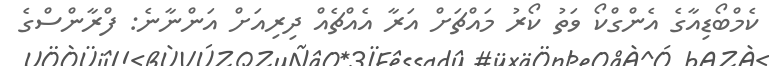
ކެމްބޯޑިއާގެ އެންގްކޯ ވަތު ކޯރު މައްޗަށް އަރާ އެއްޗެއް ދިރިއަށް އަންނާނެ: ފްރާންސްގެ